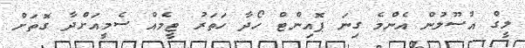
ލީގް އުސޫލުން އެންމެ ގިނަ ޕޮއިންޓް ހޯދާ ހަތަރު ޓީމެއް ސެމީއަށްދާ ގޮތަށް